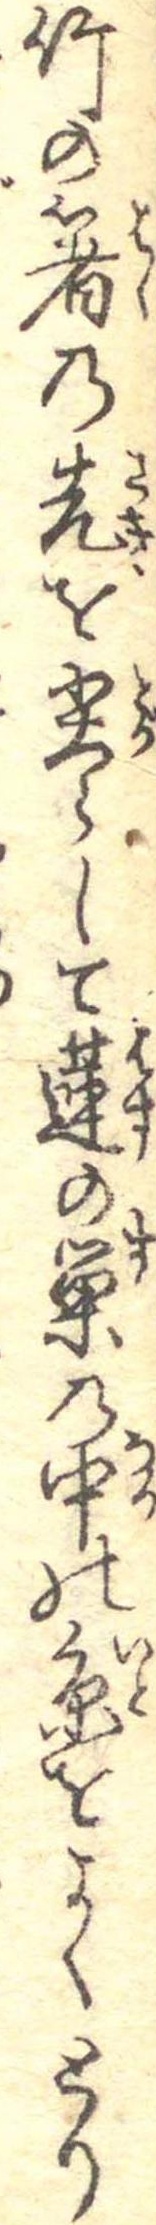
竹の箸の先を尖らして蓮の巣の中の糸をよくとり